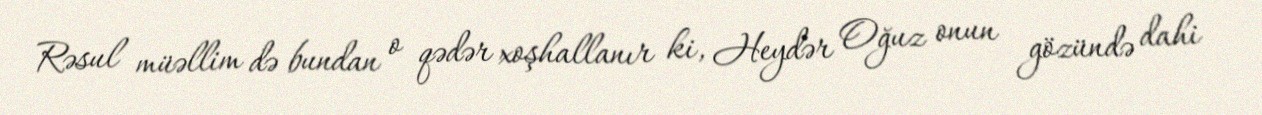
Rəsul müəllim də bundan o qədər xoşhallanır ki, Heydər Oğuz onun gözündə dahi